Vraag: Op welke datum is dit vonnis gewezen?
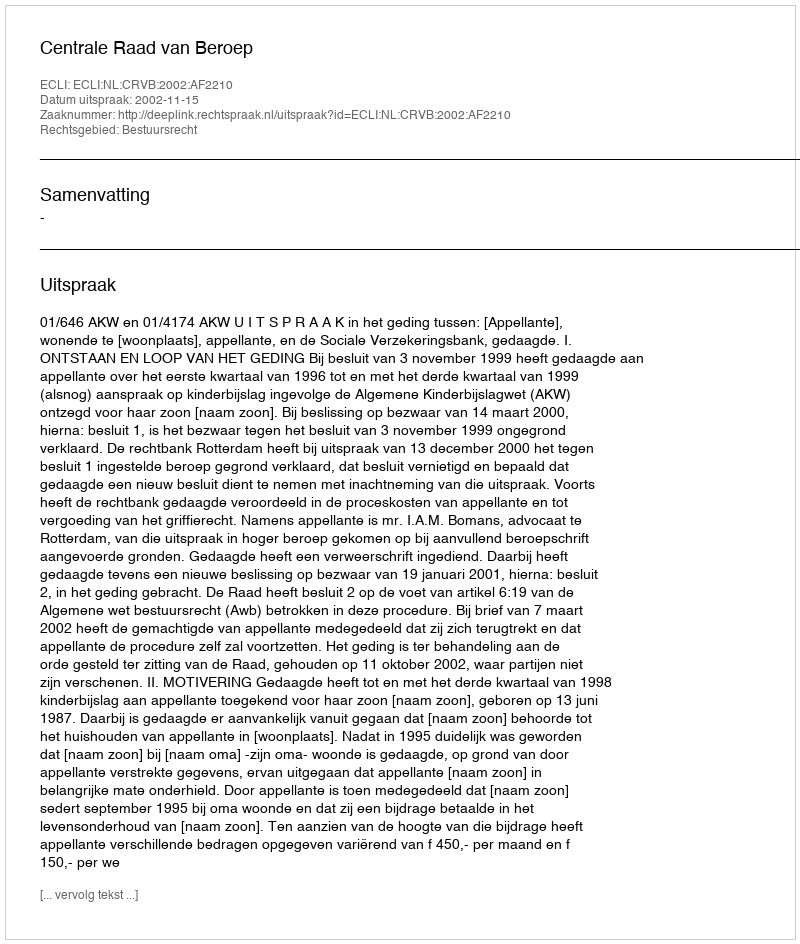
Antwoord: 2002-11-15